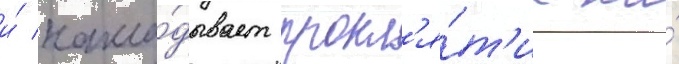
и́ накла́дывает прокл'я́т'ие на́